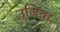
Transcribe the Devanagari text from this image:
उजिवा